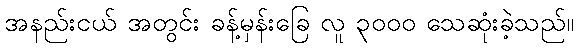
အနည်းငယ် အတွင်း ခန့်မှန်းခြေ လူ ၃၀၀၀ သေဆုံးခဲ့သည်။